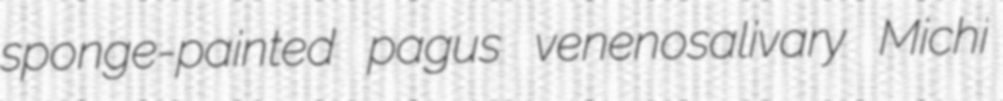
sponge-painted pagus venenosalivary Michi